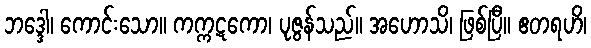
ဘဒ္ဒေါ၊ ကောင်းသော။ ကက္ကဋကော၊ ပုဇွန်သည်။ အဟောသိ၊ ဖြစ်ပြီ။ ဧတရဟိ၊